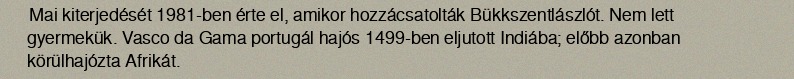
Mai kiterjedését 1981-ben érte el, amikor hozzácsatolták Bükkszentlászlót. Nem lett gyermekük. Vasco da Gama portugál hajós 1499-ben eljutott Indiába; előbb azonban körülhajózta Afrikát.